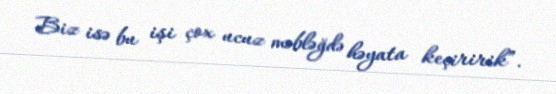
Biz isə bu işi çox ucuz məbləğdə həyata keçiririk”.